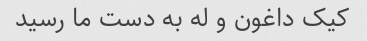
کیک داغون و له به دست ما رسید